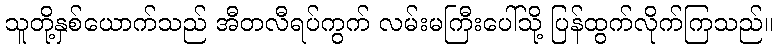
သူတို့နှစ်ယောက်သည် အီတလီရပ်ကွက် လမ်းမကြီးပေါ်သို့ ပြန်ထွက်လိုက်ကြသည်။